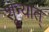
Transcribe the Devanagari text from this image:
शून्यात्